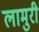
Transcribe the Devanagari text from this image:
लामुरी